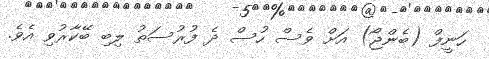
ހަނީފް (ބެންޖޯ) އަށް ވެސް ހުސް ދެ ފުރުސަތު ލިބި ބޭކާރުވި އެވެ.